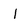
Character: I